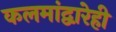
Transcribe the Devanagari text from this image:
कलमांद्वारेही